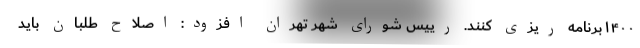
۱۴۰۰برنامه ریزی کنند. رییس شورای شهر تهران افزود: اصلاح طلبان باید